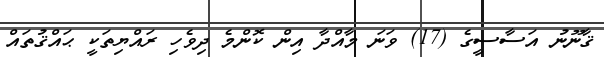
ޤާނޫނު އަސާސީގެ (17) ވަނަ މާއްދާ އިން ކޮންމެ ދިވެހި ރައްޔިތަކީ ޙައްޤުތައް